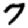
Digit: 7